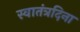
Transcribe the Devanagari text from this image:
स्वातंत्रदिना